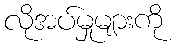
လိုအပ်မှုများကို